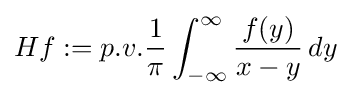
Hf:=p.v.{\frac {1}{\pi }}\int _{-\infty }^{\infty }{\frac {f(y)}{x-y}}\,dy